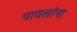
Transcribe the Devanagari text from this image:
पावलांना